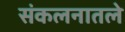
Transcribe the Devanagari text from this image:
संकलनातले